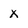
Character: X